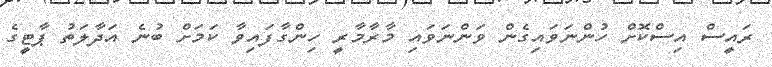
ރައީސް އިސްކޮށް ހުންނަވައިގެން ވަންނަވައި މާރާމާރީ ހިންގާފައިވާ ކަމަށް ބުނެ އަދާލަތު ޕާޓީގެ